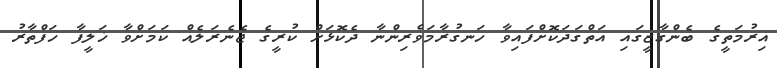
އިރުމަތީގެ ބެންގާޒީގައި އަތްގަދަކޮށްފައިވާ ހަނގުރާމަވެރިންނާ ދެކޮޅަށް ކުރީގެ ޖެނެރަލެއް ކަމަށްވާ ޚަލީފާ ހަފްތާރު